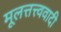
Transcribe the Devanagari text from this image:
मूलत्तत्त्ववादी